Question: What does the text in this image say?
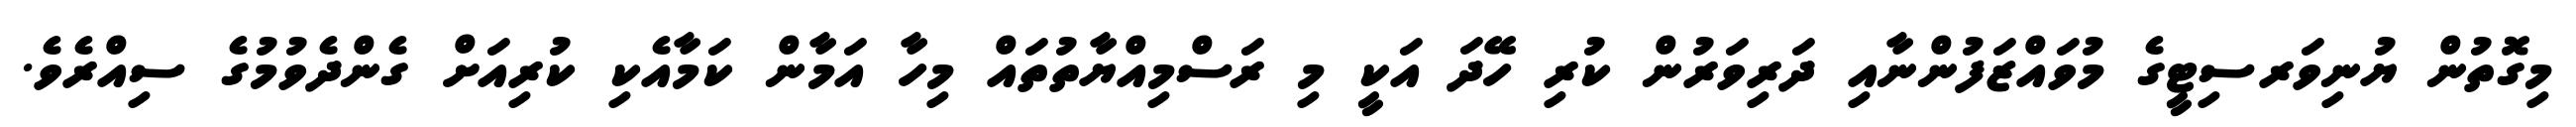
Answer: މިގޮތުން ޔުނިވަރސިޓީގެ މުވައްޒަފުންނާއި ދަރިވަރުން ކުރި ހޭދަ އަކީ މި ރަސްމިއްޔާތުތައް މިހާ އަމާން ކަމާއެކި ކުރިއަށް ގެންދެވުމުގެ ސިއްރެވެ.